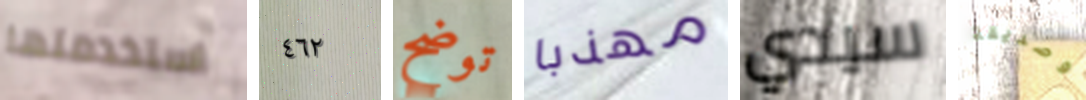
استخدمتها ٤٦٢ توضح مهذبا سيدي وصديقة